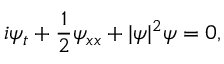
i \psi _ { t } + \frac 1 2 \psi _ { x x } + | \psi | ^ { 2 } \psi = 0 ,